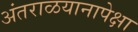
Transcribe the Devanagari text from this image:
अंतराळयानापेक्षा